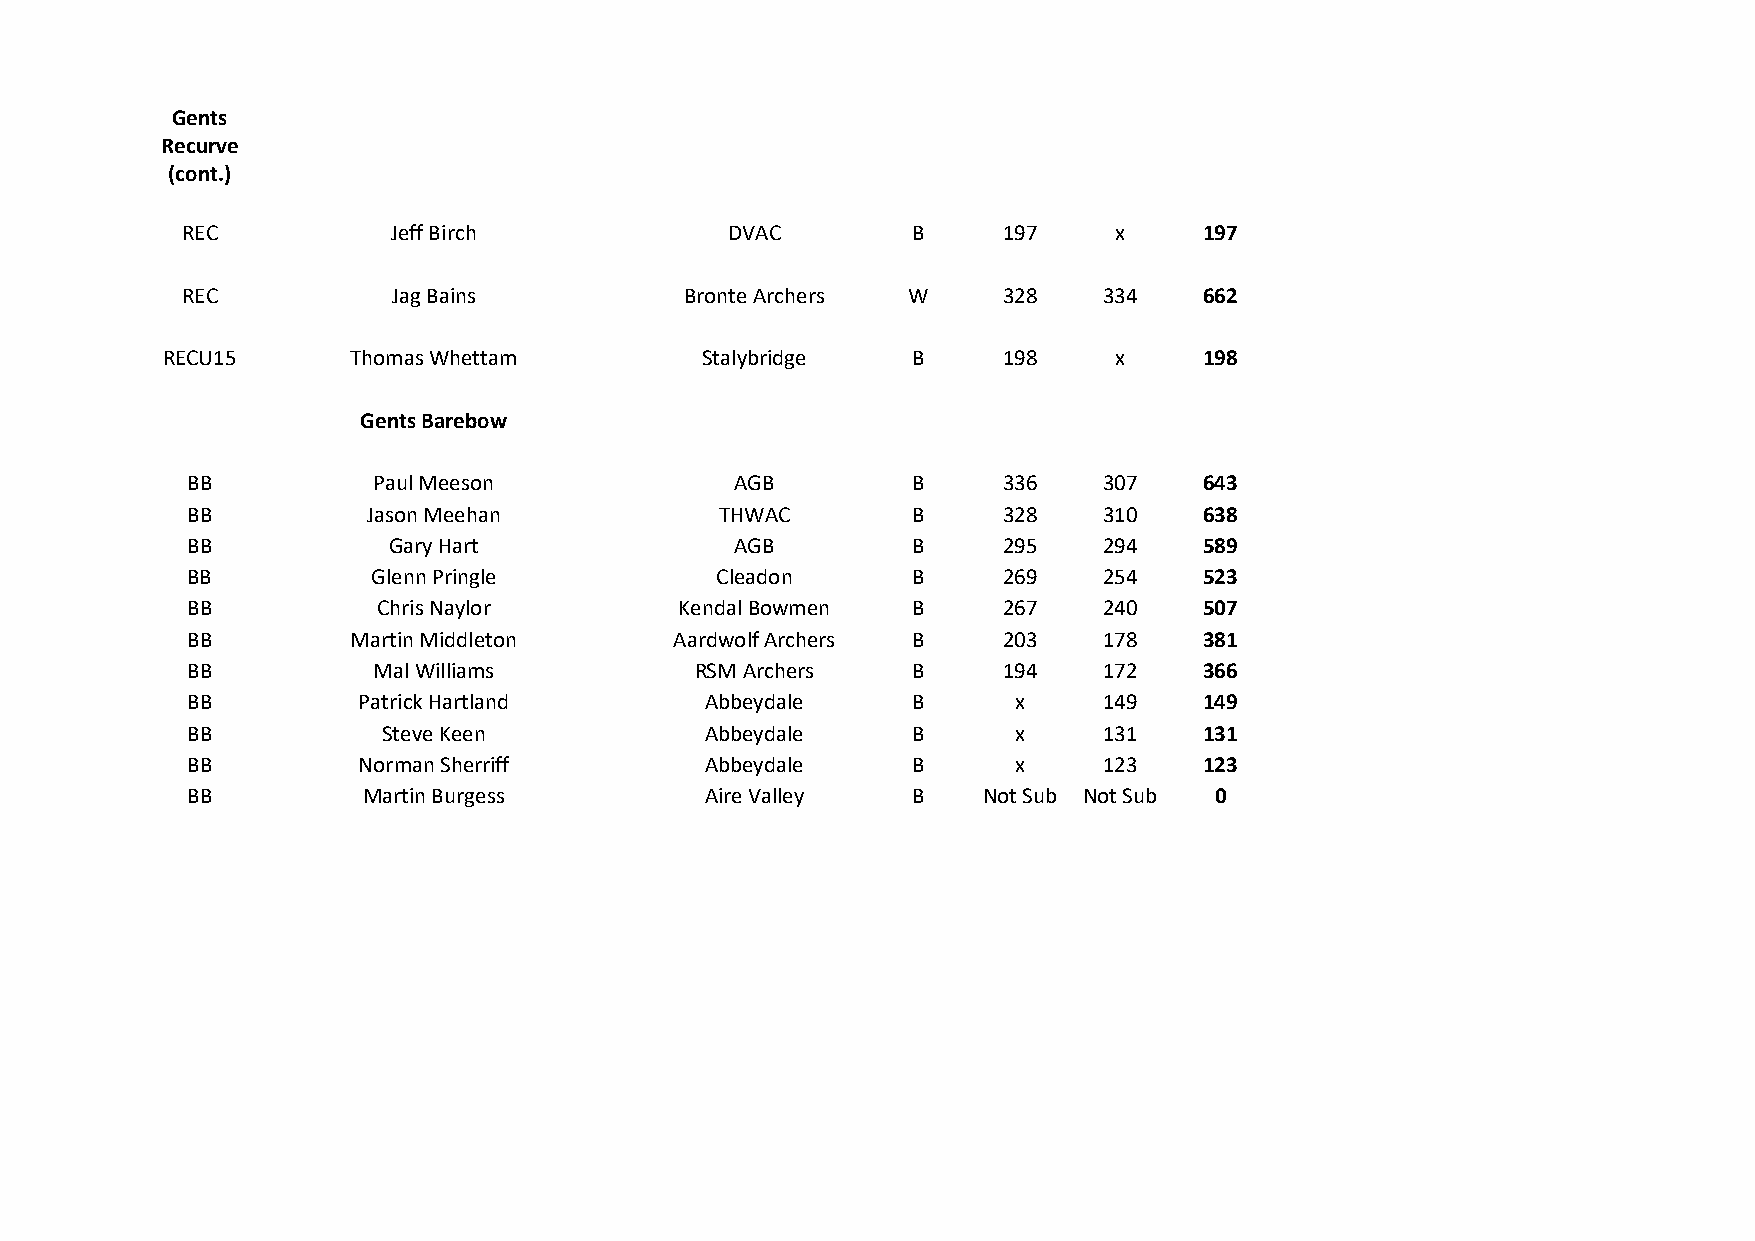
Gents
 Recurve
 (cont.)
 REC           Jeff Birch            DVAC        B     197     x     197
 REC           Jag Bains          Bronte Archers W     328    334    662
 RECU15      Thomas Whettam         Stalybridge   B     198     x     198
 Gents Barebow
 BB           Paul Meeson             AGB        B     336    307    643
 BB          Jason Meehan            THWAC       B     328    310    638
 BB            Gary Hart              AGB        B     295    294    589
 BB           Glenn Pringle         Cleadon      B     269    254    523
 BB           Chris Naylor        Kendal Bowmen  B     267    240    507
 BB         Martin Middleton      Aardwolf Archers B   203    178    381
 BB           Mal Williams         RSM Archers   B     194    172    366
 BB          Patrick Hartland       Abbeydale    B      x     149    149
 BB           Steve Keen            Abbeydale    B      x     131    131
 BB          Norman Sherriff        Abbeydale    B      x     123    123
 BB          Martin Burgess         Aire Valley  B    Not Sub Not Sub 0